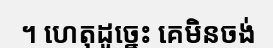
។ ហេតុដូច្នេះ គេមិនចង់